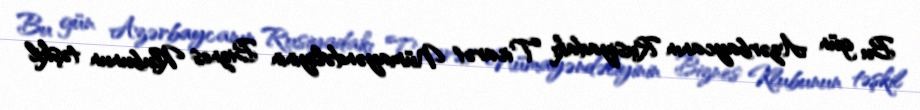
Bu gün Azərbaycanın Rusiyadakı Ticarət Nümayəndəliyinin Biznes Klubunun təşkil